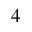
4